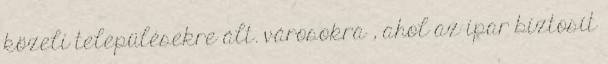
közeli településekre ált. városokra , ahol az ipar biztosít